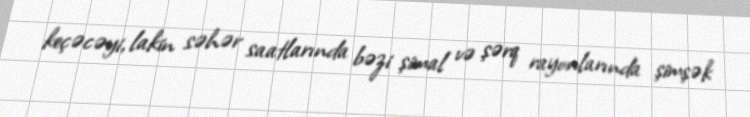
keçəcəyi, lakin səhər saatlarında bəzi şimal və şərq rayonlarında şimşək